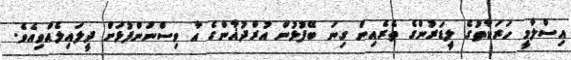
އިސްލާމީ ހަރަކާތުގެ ލީޑަރުންގެ ތެރެއިން ގިނަ ބޭފުޅުން އުރްދުޣާންގެ އާ ވިސްނުންފުޅަށް ދީލައިލެއްވިއެވެ.